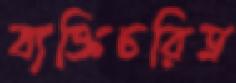
ব্যক্তিচরিত্র